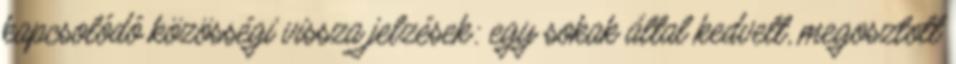
kapcsolódó közösségi vissza jelzések: egy sokak által kedvelt, megosztott